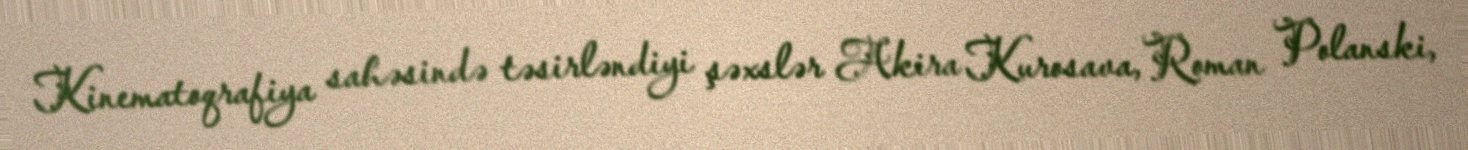
Kinematoqrafiya sahəsində təsirləndiyi şəxslər Akira Kurosava, Roman Polanski,